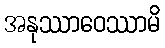
အနုဿာဝေဿာမိ